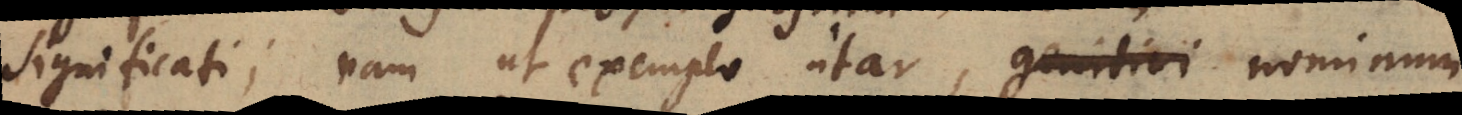
significati; nam ut exemplo utar, genitivi nominum